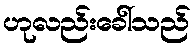
ဟုလည်းခေါ်သည်